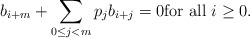
\begin{align*} b_{i+m} + \sum_{0 \le j < m} p_j b_{i+j} = 0 \mbox{for all $i \ge 0$.} \end{align*}